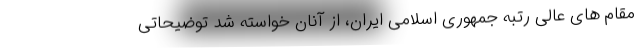
مقام های عالی رتبه جمهوری اسلامی ایران، از آنان خواسته شد توضیحاتی